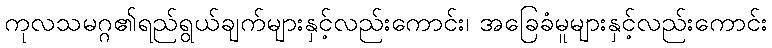
ကုလသမဂ္ဂ၏ရည်ရွယ်ချက်များနှင့်လည်းကောင်း၊ အခြေခံမူများနှင့်လည်းကောင်း